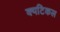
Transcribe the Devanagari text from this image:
क्यटिकल